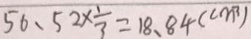
5 6 、 5 2 \times \frac { 1 } { 3 } = 1 8 . 8 4 ( c m ^ { 3 } )